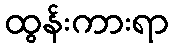
ထွန်းကားရာ